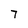
Character: 7